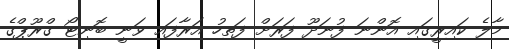
މާލެ ކައިރީގައި އޮންނަ ފުނަދޫ ފަރަށް ފަތިހު އަރާފައި ވަނީ ބޮނިޓޯ ގްރޫޕްގެ